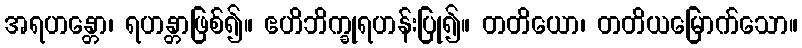
အရဟန္တော၊ ရဟန္တာဖြစ်၍။ ဧဟိဘိက္ခုရဟန်းပြု၍။ တတိယော၊ တတိယမြောက်သော။